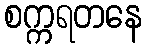
စက္ကရတနေ